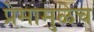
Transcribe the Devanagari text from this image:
प्रेमामुळेच